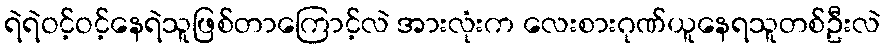
ရဲရဲဝင့်ဝင့်နေရဲသူဖြစ်တာကြောင့်လဲ အားလုံးက လေးစားဂုဏ်ယူနေရသူတစ်ဦးလဲ